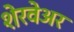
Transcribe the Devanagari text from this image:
शेरवेअर